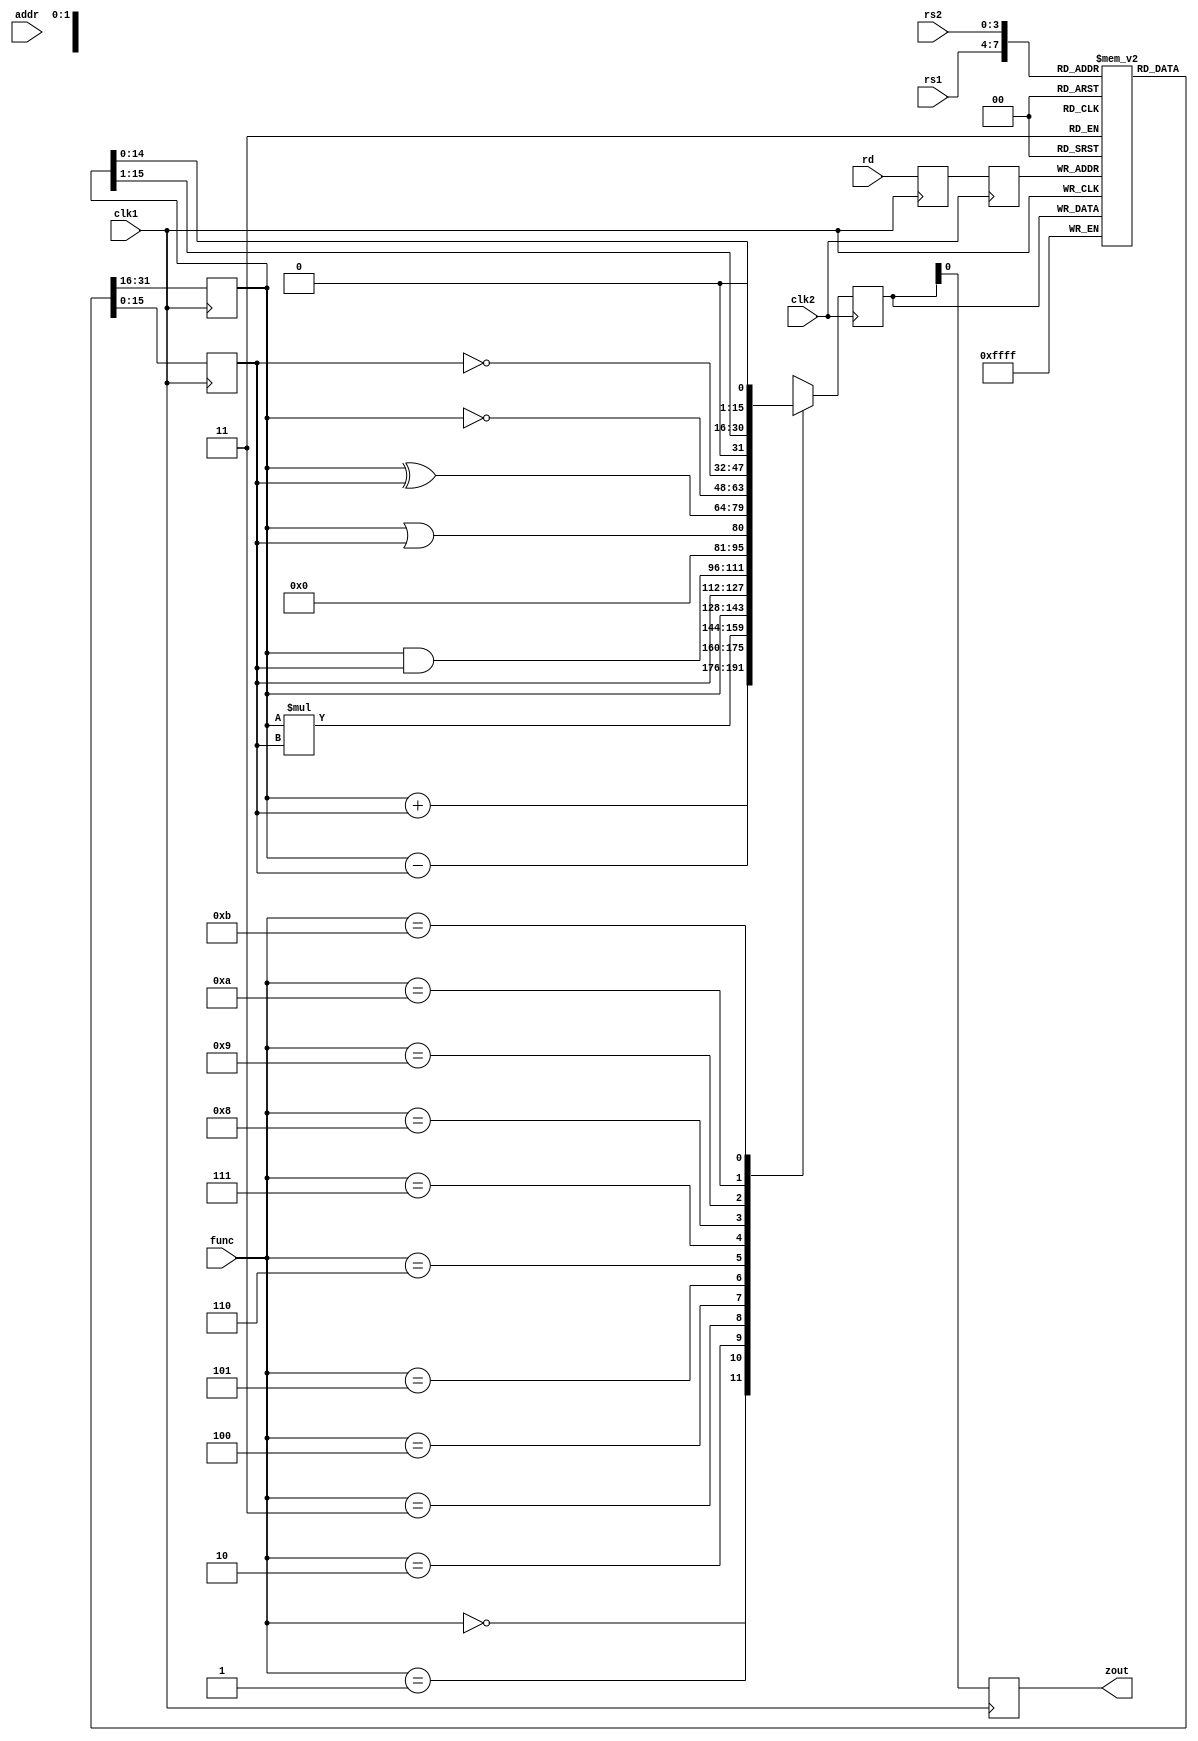
/* A Register bank with two read & 1 write of 16*16, A memory of Address Read and Write ports of 256*16, an ALU with 16 functions and 2 input */
/* Function opcodes of ALU are: ADD-0000, SUB-0001, MUL-0010, SELA-0011, SELB-0100, AND-0101, OR-0110, XOR-0111, NEGA-1000, NEGB-1001, SRA-1010, SLA-1011 */

module pipe_reg(zout,rs1,rs2,rd,func,addr,clk1,clk2);
	input [3:0] rs1,rs2,rd,func; //addresses of source,destination registers and ALU function
	input [7:0] addr;          //Address of Memory write location
	input clk1, clk2;       //Two phase clks for alternate pipes
	output zout;            //output
	
	reg [15:0] L12_A,L12_B,L23_Z,L34_Z;
	reg [3:0] L12_rd,L12_func,L23_rd;
	reg [7:0] L12_addr,L23_addr,L34_addr;
	
	reg [15:0] regbank [0:15];      //16*16 Register Bank
	reg [15:0] mem [0:255];        //256*16 memory
	
	assign zout=L34_Z;
	
	always@(posedge clk1)         //STAGE-1 of pipelining
		begin
			L12_A <= #2 regbank[rs1];
			L12_B <= #2 regbank[rs2];
			L12_rd <= #2 rd;
			L12_func <= #2 func;
			L12_addr <= #2 addr;
		end
	
	always@(posedge clk2)        //STAGE-2 of pipelining
		begin
			case(func)
				0: L23_Z <= #2 L12_A + L12_B;
				1: L23_Z <= #2 L12_A - L12_B;
				2: L23_Z <= #2 L12_A*L12_B;
				3: L23_Z <= #2 L12_A;
				4: L23_Z <= #2 L12_B;
				5: L23_Z <= #2 L12_A & L12_B;
				6: L23_Z <= #2 L12_A || L12_B;
				7: L23_Z <= #2 L12_A ^ L12_B;
				8: L23_Z <= #2 ~L12_A;
				9: L23_Z <= #2 ~L12_B;
				10: L23_Z <= #2 L12_A >>1;
				11: L23_Z <= #2 L12_A <<1;
				default: L23_Z <= #2 16'hxxxx;
			endcase
			L23_rd <= #2 L12_rd;
			L23_addr <= #2 L12_addr;
		end
	
	always@(posedge clk1)         // STAGE-3 of pipelining
		begin
			regbank[L23_rd] <= #2 L23_Z;
			L34_Z <= #2 L23_Z;
			L34_addr <= #2 L23_addr;
		end
	
	always@(posedge clk2)         //STAGE-4 of pipelining
		begin
			mem[L34_addr] <= #2 L34_Z;
		end
endmodule